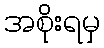
အစိုးရမှ